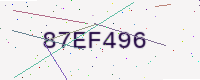
Text: 87EF496